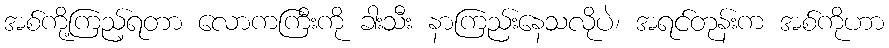
အစ်ကို့ကြည့်ရတာ လောကကြီးကို ခါးသီး နာကြည်းနေသလိုပဲ၊ အရင်တုန်းက အစ်ကိုဟာ